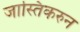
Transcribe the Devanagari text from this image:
जास्तिकरुन